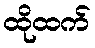
ထိုထက်